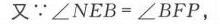
13.已知\(x + \frac{1}{x} = 3\)，则代数式\(x^{2}+\frac{1}{x^{2}}\)的值为  \_\_\_\_\_  .